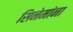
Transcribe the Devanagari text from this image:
सिनेमांना